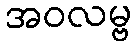
အဝလမ္ဗ